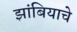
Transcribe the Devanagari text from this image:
झांबियाचे